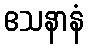
ဧသနာနံ